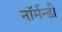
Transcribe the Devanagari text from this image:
नॉर्मन्डी